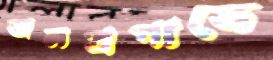
জলপ্রপাতে